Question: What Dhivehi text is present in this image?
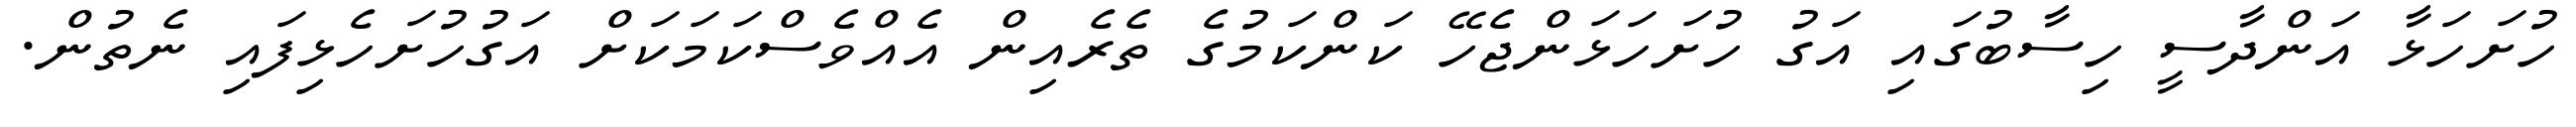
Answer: ހުށަހަޅާ އަންދާސީ ހިސާބުގައި އަގު ހުށަހަޅަންޖެހޭ ކަންކަމުގެ ތެރެއިން އެއްވެސްކަމަކަށް އަގުހުށަހެޅިފައި ނެތުން.